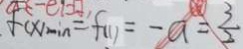
f ( x ) \min = f ( 1 ) = - a = \frac { 3 } { 2 }